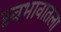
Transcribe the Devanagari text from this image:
स्वभावातला